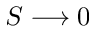
S \longrightarrow 0